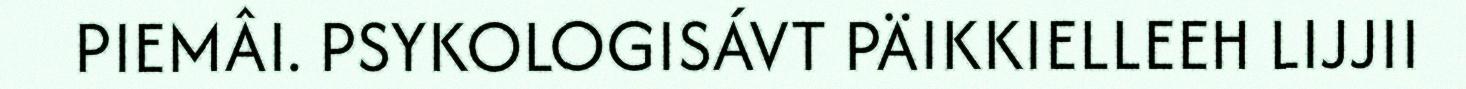
PIEMÂI. PSYKOLOGISÁVT PÄIKKIELLEEH LIJJII